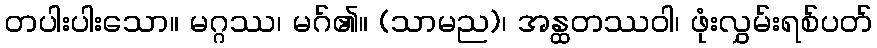
တပါးပါးသော။ မဂ္ဂဿ၊ မဂ်၏။ (သာမည)၊ အန္ထတဿဝါ၊ ဖုံးလွှမ်းရစ်ပတ်